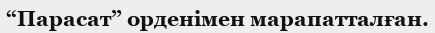
“Парасат” орденімен марапатталған.